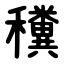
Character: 䆏